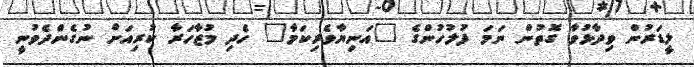
ލީޑަރުން ވިދާޅުވާ ގޮތުން ނަމަ ފުލުހުންގެ "އަނިޔާވެރިކަމާ" ހެދި މުޒާހަރާ ކުރިއަށް ނުގެންދެވުނީ